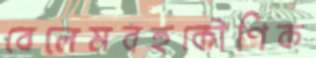
বেলেমবহুকৌণিক